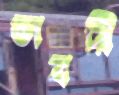
ভাবরি